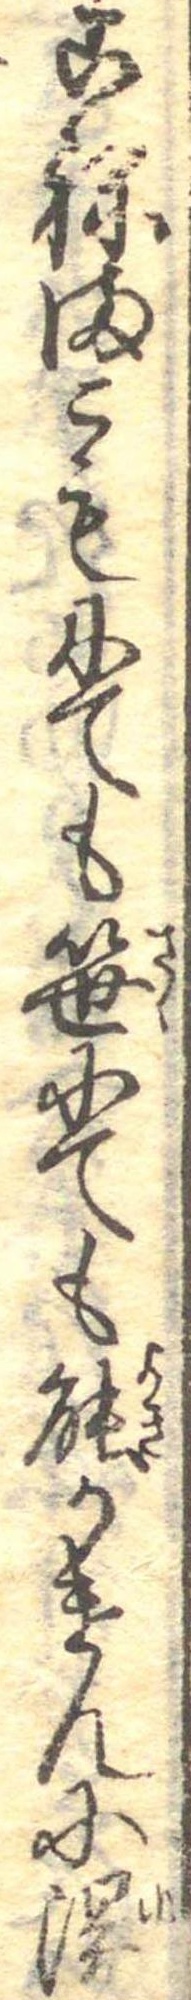
こねまこもにても笹にても能かけんに湯